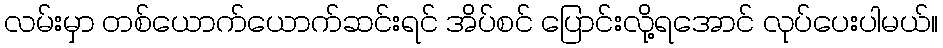
လမ်းမှာ တစ်ယောက်ယောက်ဆင်းရင် အိပ်စင် ပြောင်းလို့ရအောင် လုပ်ပေးပါမယ်။